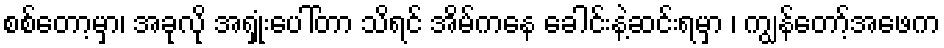
စစ်တော့မှာ၊ အခုလို အရှုံးပေါ်တာ သိရင် အိမ်ကနေ ခေါင်းနဲ့ဆင်းရမှာ ၊ ကျွန်တော့်အဖေက